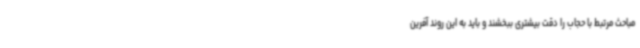
مباحث مرتبط با حجاب را دقت بیشتری ببخشند و باید به این روند آفرین